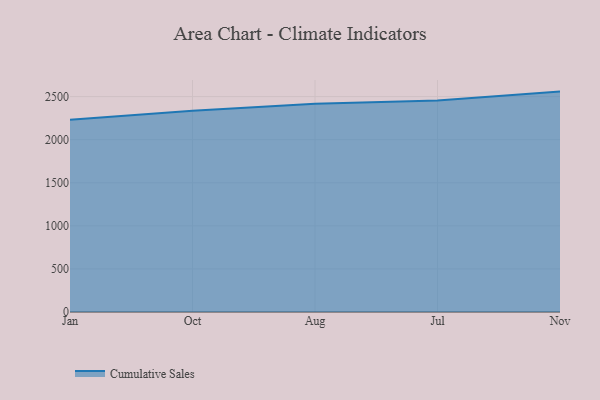
{"axis": {"x": "Month", "y": "Production Output"}, "legend": ["Cumulative Sales"], "data": [{"x": "Jan", "y": 2232.1, "type": "Cumulative Sales"}, {"x": "Oct", "y": 2335.8, "type": "Cumulative Sales"}, {"x": "Aug", "y": 2417.8, "type": "Cumulative Sales"}, {"x": "Jul", "y": 2453.3, "type": "Cumulative Sales"}, {"x": "Nov", "y": 2557.8, "type": "Cumulative Sales"}]}